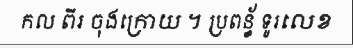
កល ពីរ ចុងក្រោយ ។ ប្រពន្ធ័ ទូរលេខ